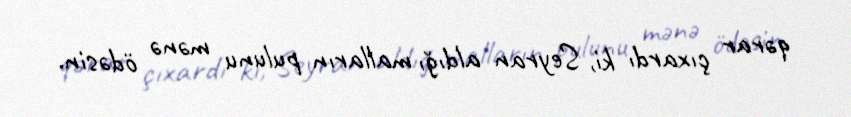
qərar çıxardı ki, Seyran aldığı malların pulunu mənə ödəsin.